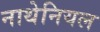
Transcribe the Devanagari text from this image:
नाथेनियल